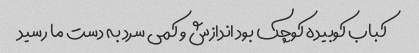
کباب کوبیده کوچک بود اندازش و کمی سرد به دست ما رسید